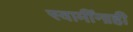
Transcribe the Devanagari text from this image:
स्वामींनाही